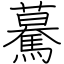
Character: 驀